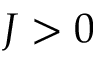
J > 0